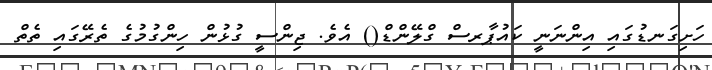
ހަށިގަނޑުގައި އިންނަނީ ކައުޕާރސް ގްލޭންޑް() އެވެ. ޖިންސީ ގުޅުން ހިންގުމުގެ ތެރޭގައި ތެތް